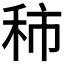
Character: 𥞑